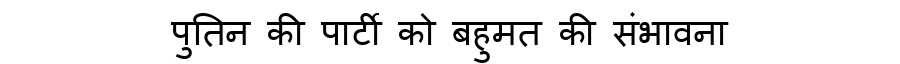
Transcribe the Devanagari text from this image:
पुतिन की पार्टी को बहुमत की संभावना